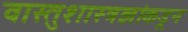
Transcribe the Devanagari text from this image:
वास्तुशास्त्रज्ञांकडून